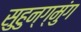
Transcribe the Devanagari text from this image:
सुहुन्ग्मुंग